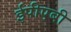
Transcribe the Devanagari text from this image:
ईपीएबी